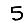
Digit: 5